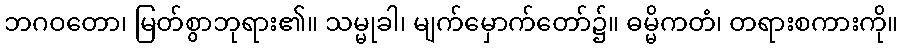
ဘဂဝတော၊ မြတ်စွာဘုရား၏။ သမ္မုခါ၊ မျက်မှောက်တော်၌။ ဓမ္မိကတံ၊ တရားစကားကို။